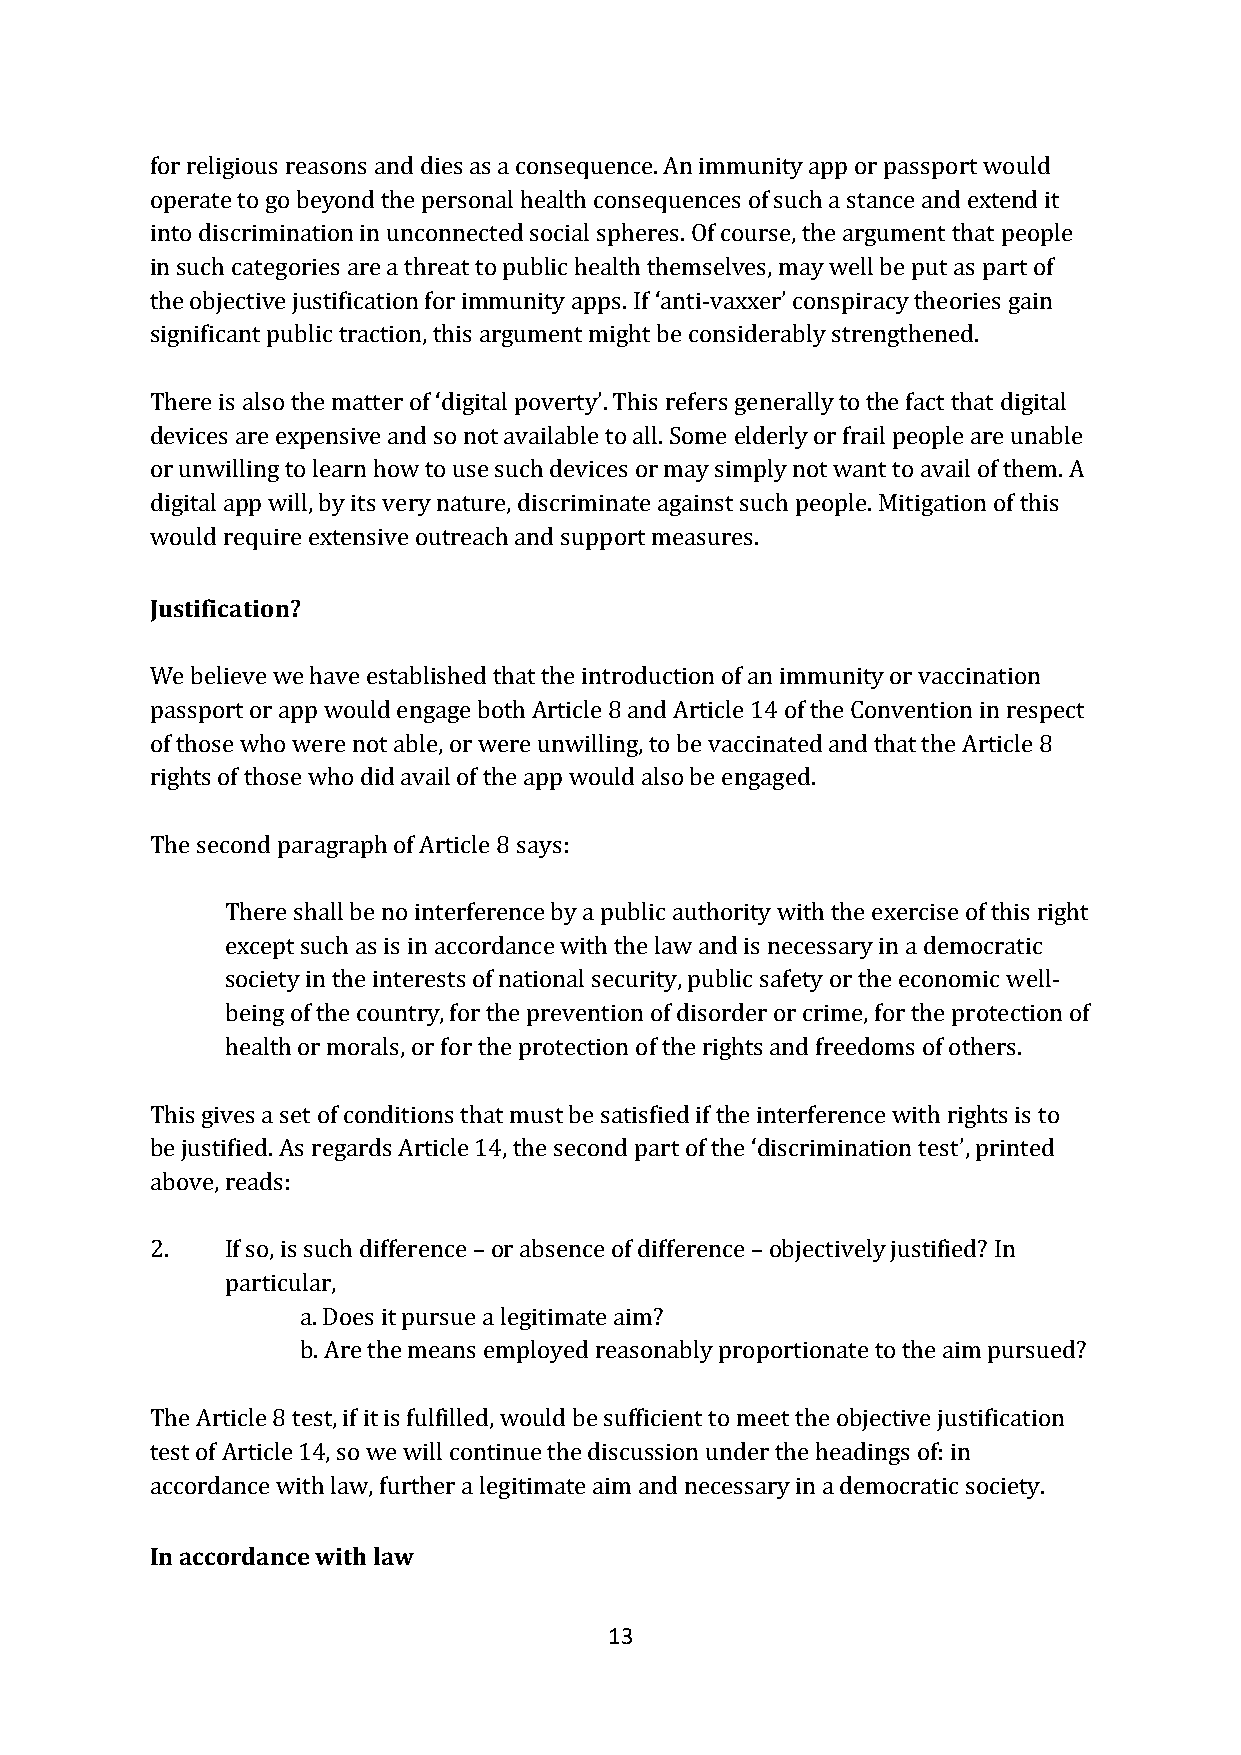
for religious reasons and dies as a consequence. An immunity app or passport would
 operate to go beyond the personal health consequences of such a stance and extend it
 into discrimination in unconnected social spheres. Of course, the argument that people
 in such categories are a threat to public health themselves, may well be put as part of
 the objective justification for immunity apps. If ‘anti-vaxxer’ conspiracy theories gain
 significant public traction, this argument might be considerably strengthened.
 There is also the matter of ‘digital poverty’. This refers generally to the fact that digital
 devices are expensive and so not available to all. Some elderly or frail people are unable
 or unwilling to learn how to use such devices or may simply not want to avail of them. A
 digital app will, by its very nature, discriminate against such people. Mitigation of this
 would require extensive outreach and support measures.
 Justification?
 We believe we have established that the introduction of an immunity or vaccination
 passport or app would engage both Article 8 and Article 14 of the Convention in respect
 of those who were not able, or were unwilling, to be vaccinated and that the Article 8
 rights of those who did avail of the app would also be engaged.
 The second paragraph of Article 8 says:
 There shall be no interference by a public authority with the exercise of this right
 except such as is in accordance with the law and is necessary in a democratic
 society in the interests of national security, public safety or the economic well-
 being of the country, for the prevention of disorder or crime, for the protection of
 health or morals, or for the protection of the rights and freedoms of others.
 This gives a set of conditions that must be satisfied if the interference with rights is to
 be justified. As regards Article 14, the second part of the ‘discrimination test’, printed
 above, reads:
 2.   If so, is such difference – or absence of difference – objectively justified? In
 particular,
 a. Does it pursue a legitimate aim?
 b. Are the means employed reasonably proportionate to the aim pursued?
 The Article 8 test, if it is fulfilled, would be sufficient to meet the objective justification
 test of Article 14, so we will continue the discussion under the headings of: in
 accordance with law, further a legitimate aim and necessary in a democratic society.
 In accordance with law
 13